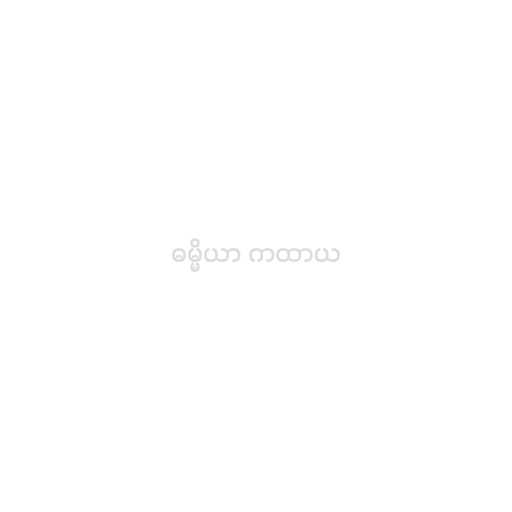
ဓမ္မိယာ ကထာယ